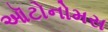
ઑટોનોમસ